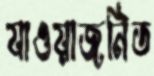
যাওয়াজনিত